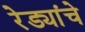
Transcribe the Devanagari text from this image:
रेड्यांचे